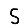
Digit: 5